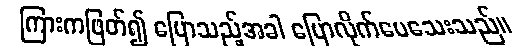
ကြားကဖြတ်၍ ပြောသည့်အခါ ပြောလိုက်ပေသေးသည်။